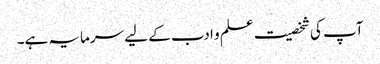
آپ کی شخصیت علم و ادب کے لیے سرمایہ ہے۔